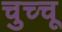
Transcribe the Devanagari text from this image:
चुच्चू